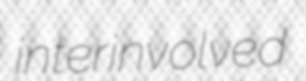
interinvolved